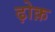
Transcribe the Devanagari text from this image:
ढ़ोक़